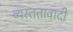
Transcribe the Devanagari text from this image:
व्यस्ततावादी